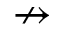
\nrightarrow